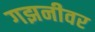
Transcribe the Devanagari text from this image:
गझनीवर